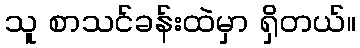
သူ စာသင်ခန်းထဲမှာ ရှိတယ်။